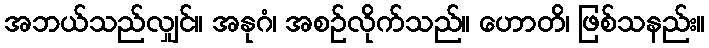
အဘယ်သည်လျှင်။ အနုဂံ၊ အစဉ်လိုက်သည်။ ဟောတိ၊ ဖြစ်သနည်း။